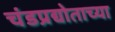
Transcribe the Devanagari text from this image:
चंडप्रद्योताच्या